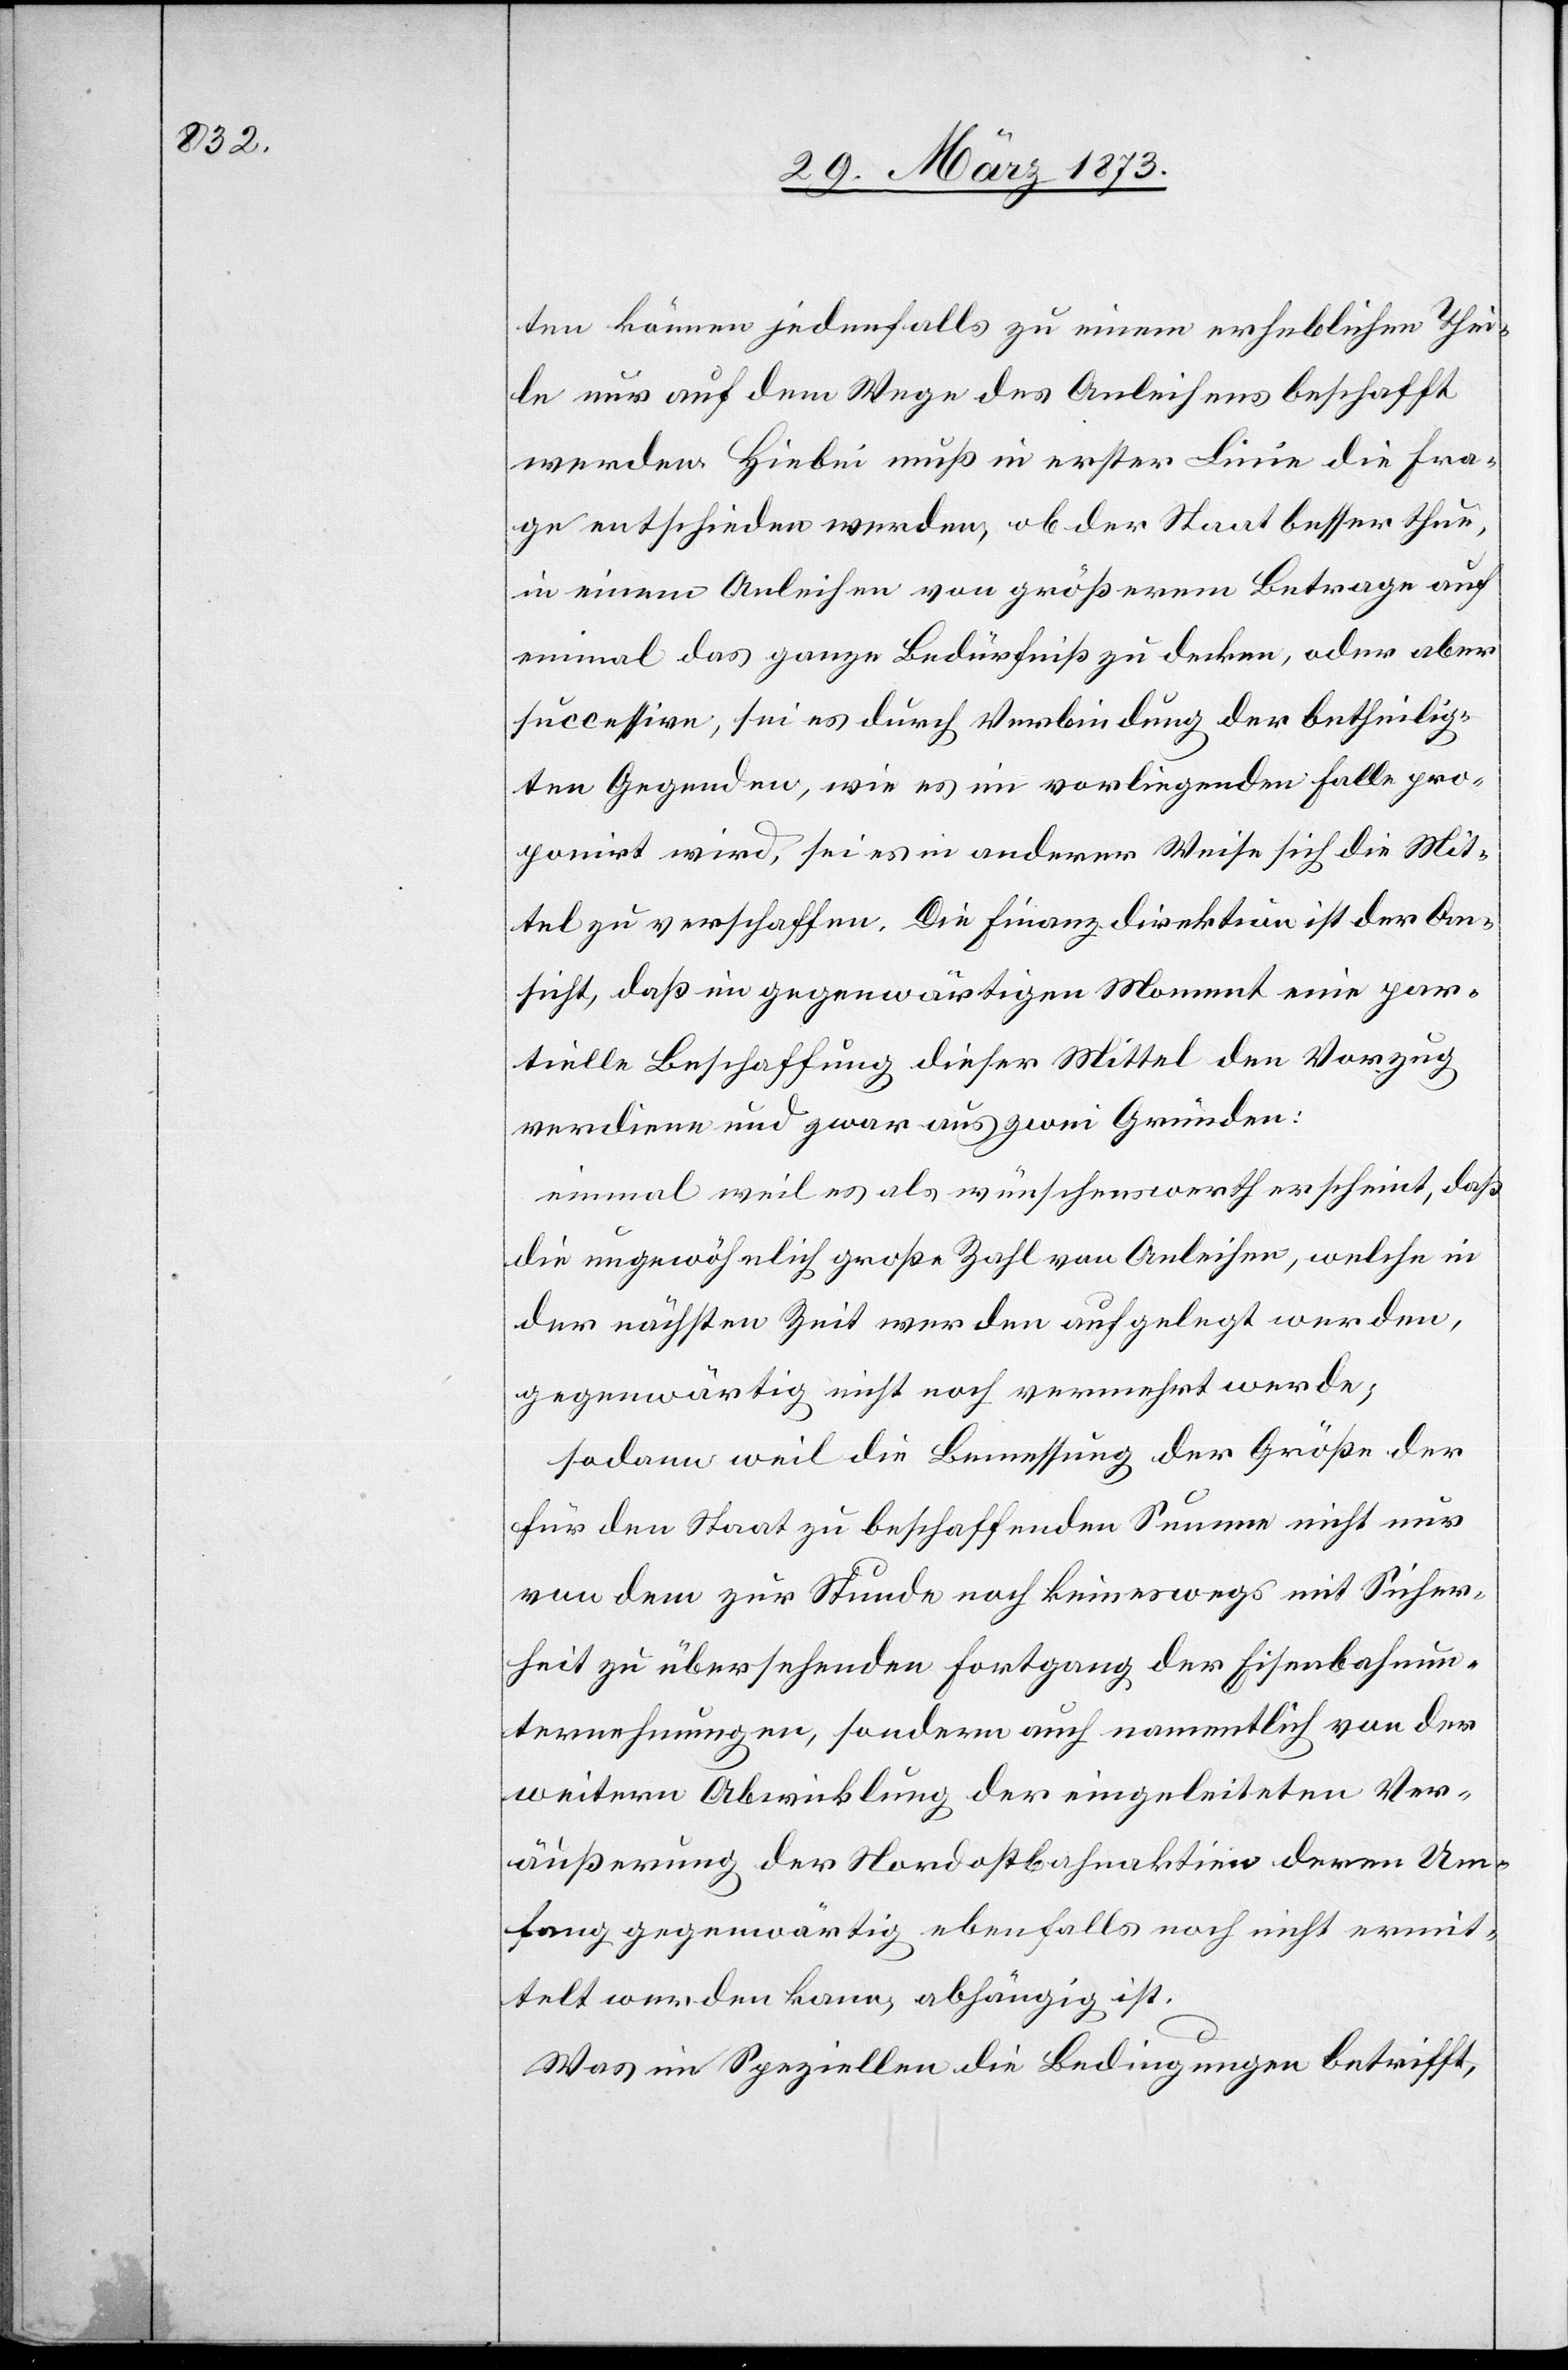
ten können jedenfalls zu einem erheblichen Thei¬
le nur auf dem Wege des Anleihens beschafft
werden. Hiebei muß in erster Linie die Fra¬
ge entschieden werden, ob der Staat besser thue,
in einem Anleihen von größerem Betrage auf
einmal das ganze Bedürfniß zu decken, oder aber
successive, sei es durch Verbindung der betheilig¬
ten Gegenden, wie es im vorliegenden Falle pro¬
panirt wird, sei es in anderer Weise sich die Mit¬
tel zu verschaffen. Die Finanzdirektion ist der An¬
sicht, daß im gegenwärtigen Moment eine par¬
tielle Beschaffung dieser Mittel den Vorzug
verdiene und zwar aus zwei Gründen:
einmal weil es als wünschenswerth erscheint, daß
die ungewöhnlich große Zahl von Anleihen, welche in
der nächsten Zeit werden aufgelegt werden,
gegenwärtig nicht noch vermehrt werde;
sodann weil die Bemessung der Größe der
für den Staat zu beschaffenden Summe nicht nur
von dem zur Stunde noch keineswegs mit Sicher¬
heit zu übersehenden Fortgang der Eisenbahnun¬
ternehmungen, sondern auch namentlich von der
weitern Abwicklung der eingeleiteten Ver¬
äußerung der Nordostbahnaktien deren Um¬
fang gegenwärtig ebenfalls noch nicht ermit¬
telt werden kann, abhängig ist.
Was im Speziellen die Bedingungen betrifft,